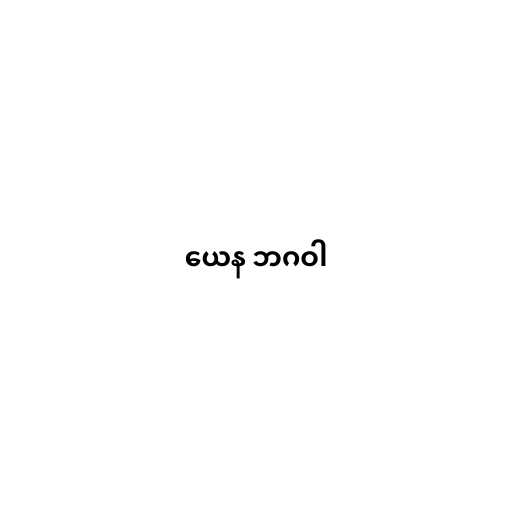
ယေန ဘဂဝါ